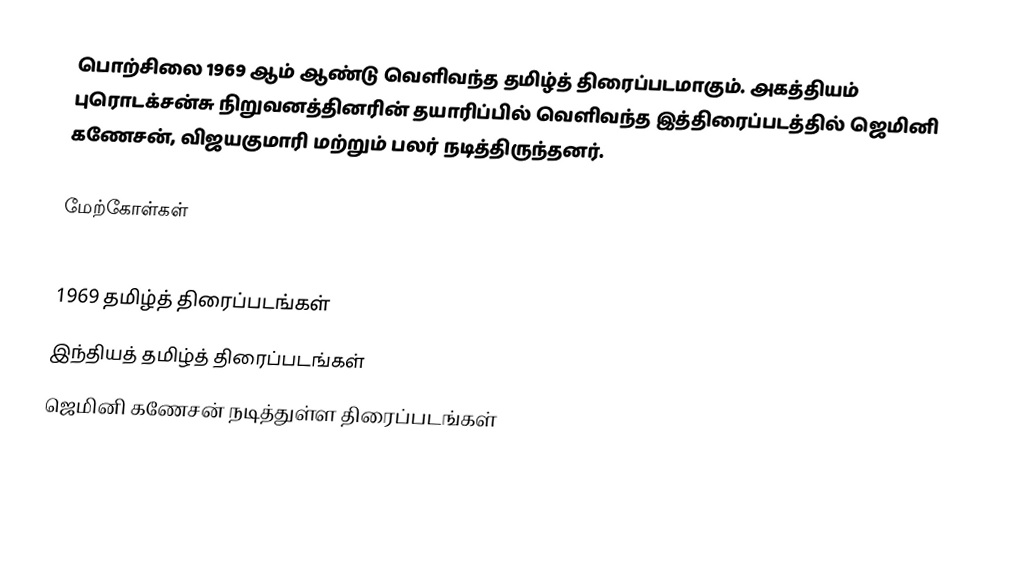
பொற்சிலை 1969 ஆம் ஆண்டு வெளிவந்த தமிழ்த் திரைப்படமாகும். அகத்தியம் புரொடக்சன்சு நிறுவனத்தினரின் தயாரிப்பில் வெளிவந்த இத்திரைப்படத்தில் ஜெமினி கணேசன், விஜயகுமாரி மற்றும் பலர் நடித்திருந்தனர்.

மேற்கோள்கள்

1969 தமிழ்த் திரைப்படங்கள்
இந்தியத் தமிழ்த் திரைப்படங்கள்
ஜெமினி கணேசன் நடித்துள்ள திரைப்படங்கள்